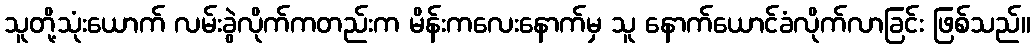
သူတို့သုံးယောက် လမ်းခွဲလိုက်ကတည်းက မိန်းကလေးနောက်မှ သူ နောက်ယောင်ခံလိုက်လာခြင်း ဖြစ်သည်။